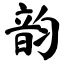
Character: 韵